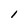
Character: l